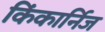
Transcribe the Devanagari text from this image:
किंकार्निज